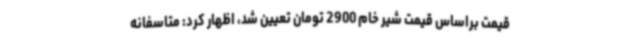
قیمت براساس قیمت شیر خام 2900 تومان تعیین شد، اظهار کرد: متاسفانه